Lunatic asylums Bombay report 1878-1890 - 1878-1890
Year: 1878
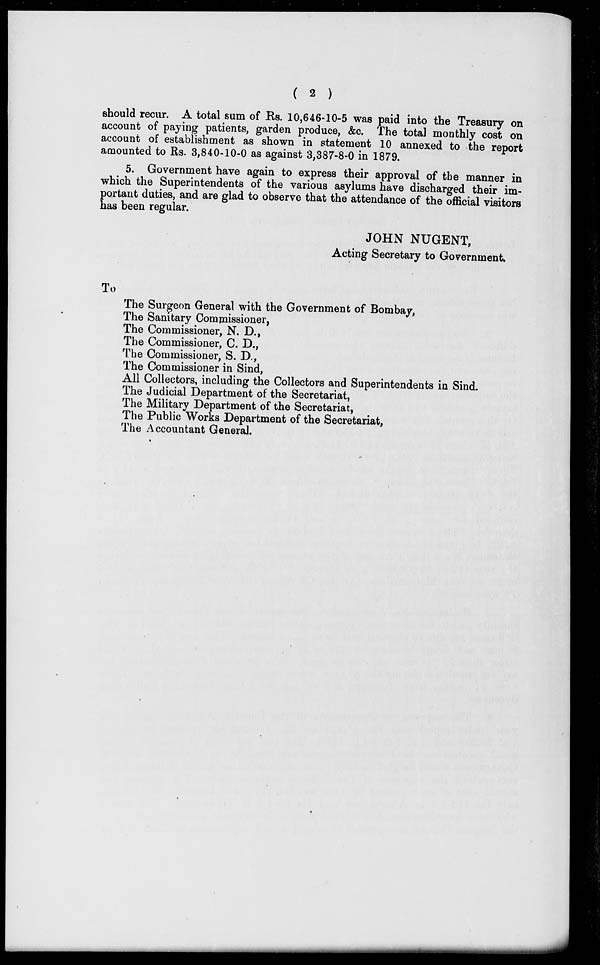
( 2 )
should recur. A total sum of Rs. 10,646-10-5 was paid into the Treasury on
account of paying patients, garden produce, &c. The total monthly cost on
account of establishment as shown in statement 10 annexed to the report
amounted to Rs. 3,840-10-0 as against 3,387-8-0 in 1879.
5. Government have again to express their approval of the manner in
which the Superintendents of the various asylums have discharged their im-
portant duties, and are glad to observe that the attendance of the official visitors
has been regular.
JOHN NUGENT,
Acting Secretary to Government.
To
The Surgeon General with the Government of Bombay,
The Sanitary Commissioner,
The Commissioner, N. D.,
The Commissioner, C. D.,
The Commissioner, S. D.,
The Commissioner in Sind,
All Collectors, including the Collectors and Superintendents in Sind.
The Judicial Department of the Secretariat,
The Military Department of the Secretariat,
The Public Works Department of the Secretariat,
The Accountant General.